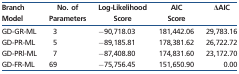
<table><thead><tr><td><b>Branch Model</b></td><td><b>No. of Parameters</b></td><td><b>Log-Likelihood Score</b></td><td><b>AIC Score</b></td><td><b>ΔAIC</b></td></tr></thead><tbody><tr><td>GD-GR-ML</td><td>3</td><td>−90,718.03</td><td>181,442.06</td><td>29,783.16</td></tr><tr><td>GD-PR-ML</td><td>5</td><td>−89,185.81</td><td>178,381.62</td><td>26,722.72</td></tr><tr><td>GD-PRl-ML</td><td>7</td><td>−87,408.80</td><td>174,831.60</td><td>23,172.70</td></tr><tr><td>GD-FR-ML</td><td>69</td><td>−75,756.45</td><td>151,650.90</td><td>0.00</td></tr></tbody></table>